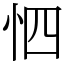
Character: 怬